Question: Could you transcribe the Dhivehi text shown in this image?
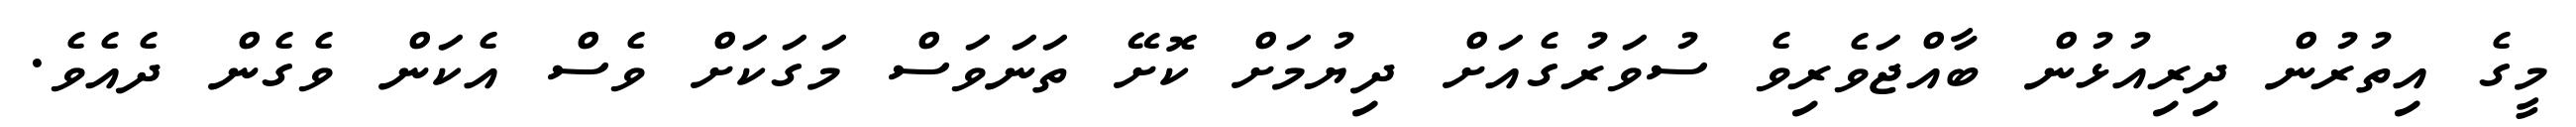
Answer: މީގެ އިތުރުން ދިރިއުޅުން ބާއްޖަވެރިވެ ސުވަރުގެއަށް ދިޔުމަށް ކޮށޭ ތަނަވަސް މަގަކަށް ވެސް އެކަން ވެގެން ދެއެވެ.